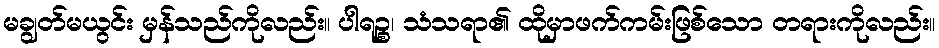
မချွတ်မယွင်း မှန်သည်ကိုလည်း။ ပါရဉ္စ၊ သံသရာ၏ ထိုမှာဖက်ကမ်းဖြစ်သော တရားကိုလည်း။